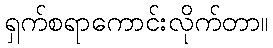
ရှက်စရာကောင်းလိုက်တာ။